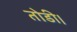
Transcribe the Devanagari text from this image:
तोडी।